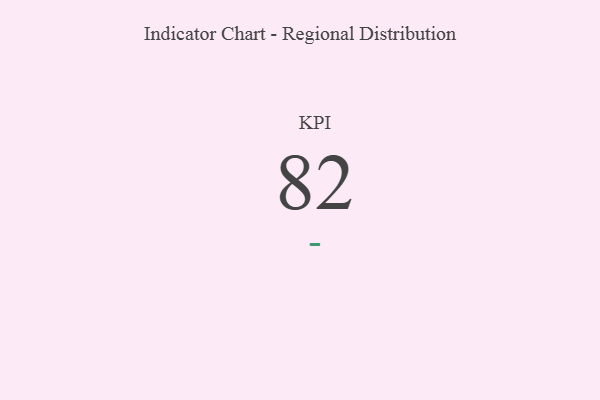
{"axis": {"x": "KPI", "y": "Value"}, "legend": [""], "data": [{"x": "KPI", "y": 82, "type": ""}]}